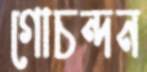
গোচন্দন